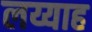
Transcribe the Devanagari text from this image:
लय्याह